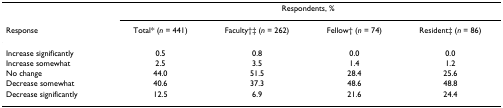
<table><thead><tr><td></td><td colspan="4"><b>Respondents, %</b></td></tr><tr><td><b>Response</b></td><td><b>Total* (<i>n </i>= 441)</b></td><td><b>Faculty†‡ (<i>n </i>= 262)</b></td><td><b>Fellow† (<i>n </i>= 74)</b></td><td><b>Resident‡ (<i>n </i>= 86)</b></td></tr></thead><tbody><tr><td>Increase significantly</td><td>0.5</td><td>0.8</td><td>0.0</td><td>0.0</td></tr><tr><td>Increase somewhat</td><td>2.5</td><td>3.5</td><td>1.4</td><td>1.2</td></tr><tr><td>No change</td><td>44.0</td><td>51.5</td><td>28.4</td><td>25.6</td></tr><tr><td>Decrease somewhat</td><td>40.6</td><td>37.3</td><td>48.6</td><td>48.8</td></tr><tr><td>Decrease significantly</td><td>12.5</td><td>6.9</td><td>21.6</td><td>24.4</td></tr></tbody></table>